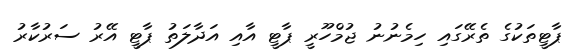
ޕާޓީތަކުގެ ތެރޭގައި ހިމެނުނު ޖުމްހޫރީ ޕާޓީ އާއި އަދާލަތު ޕާޓީ އޭރު ސަރުކާރު